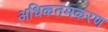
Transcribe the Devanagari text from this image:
अधिकतमकरण